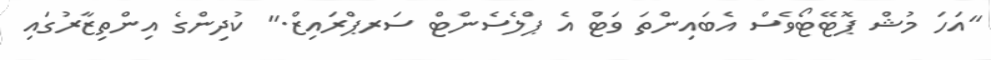
"އަހަ މުޝް ޕޮޓޭޓޯވެސް އެބައިންތަ ވަޓް އެ ޕްލެސެންޓް ސަރޕްރައިޒް." ކުދިންގެ އިންތިޒާރުގައި